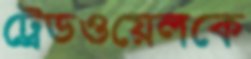
ট্রেডওয়েলকে